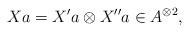
LaTeX: \begin{align*}Xa=X'a\otimes X''a\in A^{\otimes 2},\end{align*}